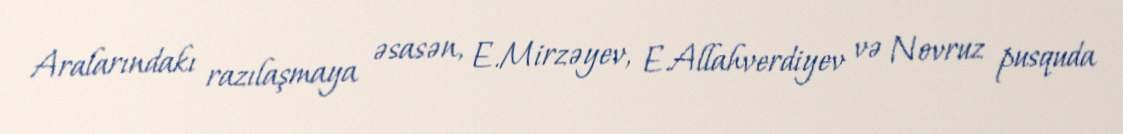
Aralarındakı razılaşmaya əsasən, E.Mirzəyev, E.Allahverdiyev və Novruz pusquda